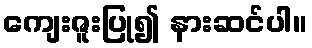
ကျေးဇူးပြု၍ နားဆင်ပါ။